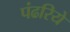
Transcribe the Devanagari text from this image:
पंढरिये